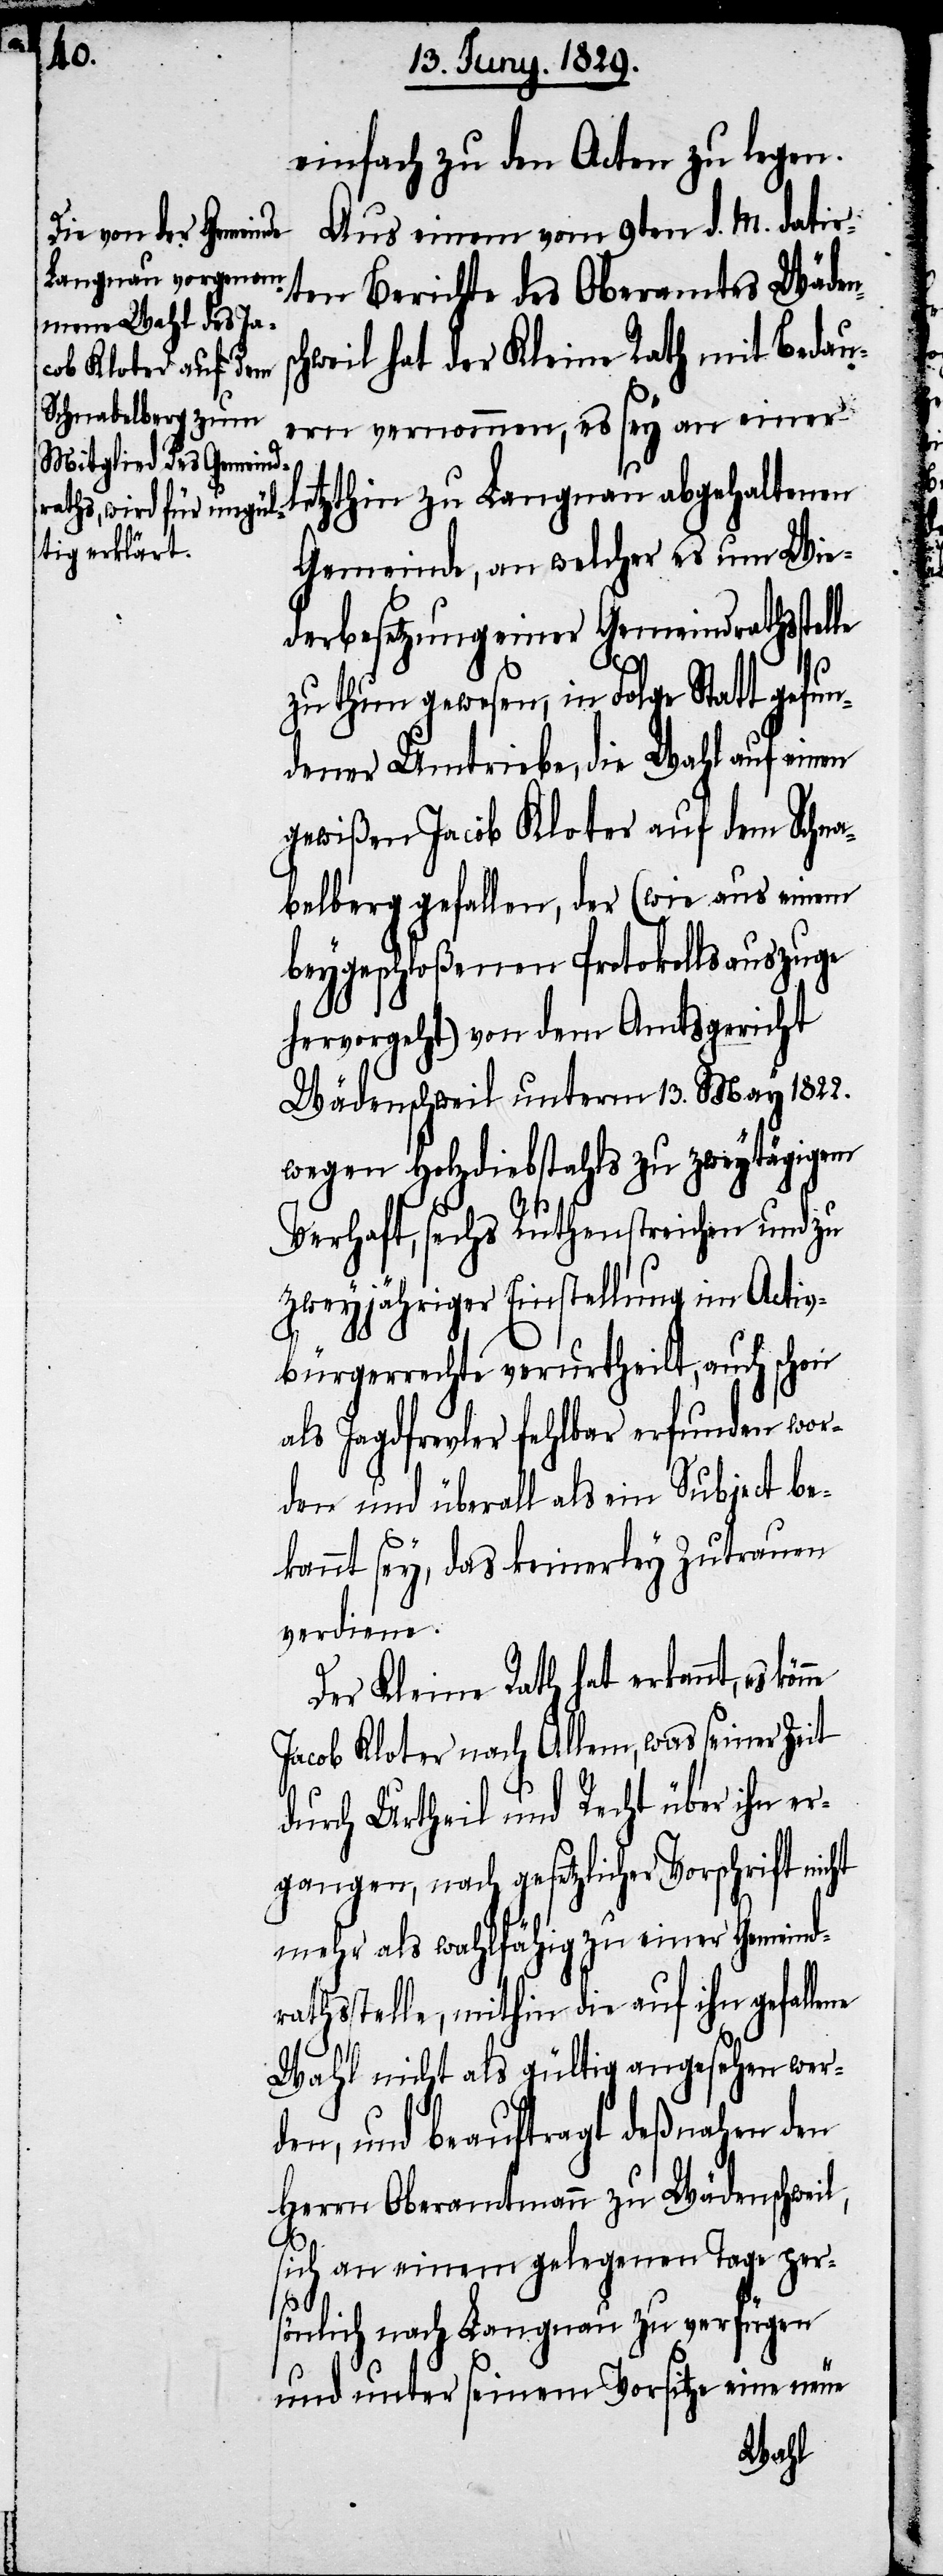
einfach zu den Acten zu legen.
Aus einem vom 9ten d. M. datir¬
ten Berichte des Oberamtes Wäden¬
hweil hat der Kleine Rath mit Bedau¬
ern vernommen, es sey an einer
etzthin zu Langnau abgehaltenen
Gemeinde, an welcher es um Wie¬
derbesetzung einer Gemeindrathsstel¬
zu thun gewesen, in Folge Statt gefun¬
dener Umtriebe, die Wahl auf einen
gewißen Jacob Kloter auf dem Schna¬
belberg gefallen, der (wie aus einem
beygeschloßenen Protokollsauszuge
hervorgeht) von dem Amtsgericht
Wädenschweil unterm 13. May 1822.
wegen Holzdiebstahls zu zweytägigem
Verhaft, sechs Ruthenstreichen und zu
zweyjähriger Einstellung im Activ¬
bürgerrechte verurtheilt, auch schon
als Jagdfrevler fehlbar erfunden wor¬
den und überall als ein Subject be¬
kannt sey, das keinerley Zutrauen
verdiene.
Der Kleine Rath hat erkannt, es
Jacob Kloter nach Allem, was seiner Zeit
durch Urtheil und Recht über ihn er¬
gangen, nach gesetzlicher Vorschrift nicht
mehr als wahlfähig zu einer Gemeindr¬
athsstelle, mithin die auf ihn gefalle¬
Wahl nicht als gültig angesehen wer¬
den, und beauftragt deßnahen den
Herrn Oberamtmann zu Wädenschweil,
ne
sich an einem gelegenen Tage per¬
sönlich nach Langnau zu verfügen
und unter seinem Vorsitz eine neue